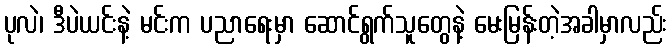
ပုလဲ၊ ဒီပဲယင်းနဲ့ မင်းက ပညာရေးမှာ ဆောင်ရွက်သူတွေနဲ့ မေးမြန်းတဲ့အခါမှာလည်း